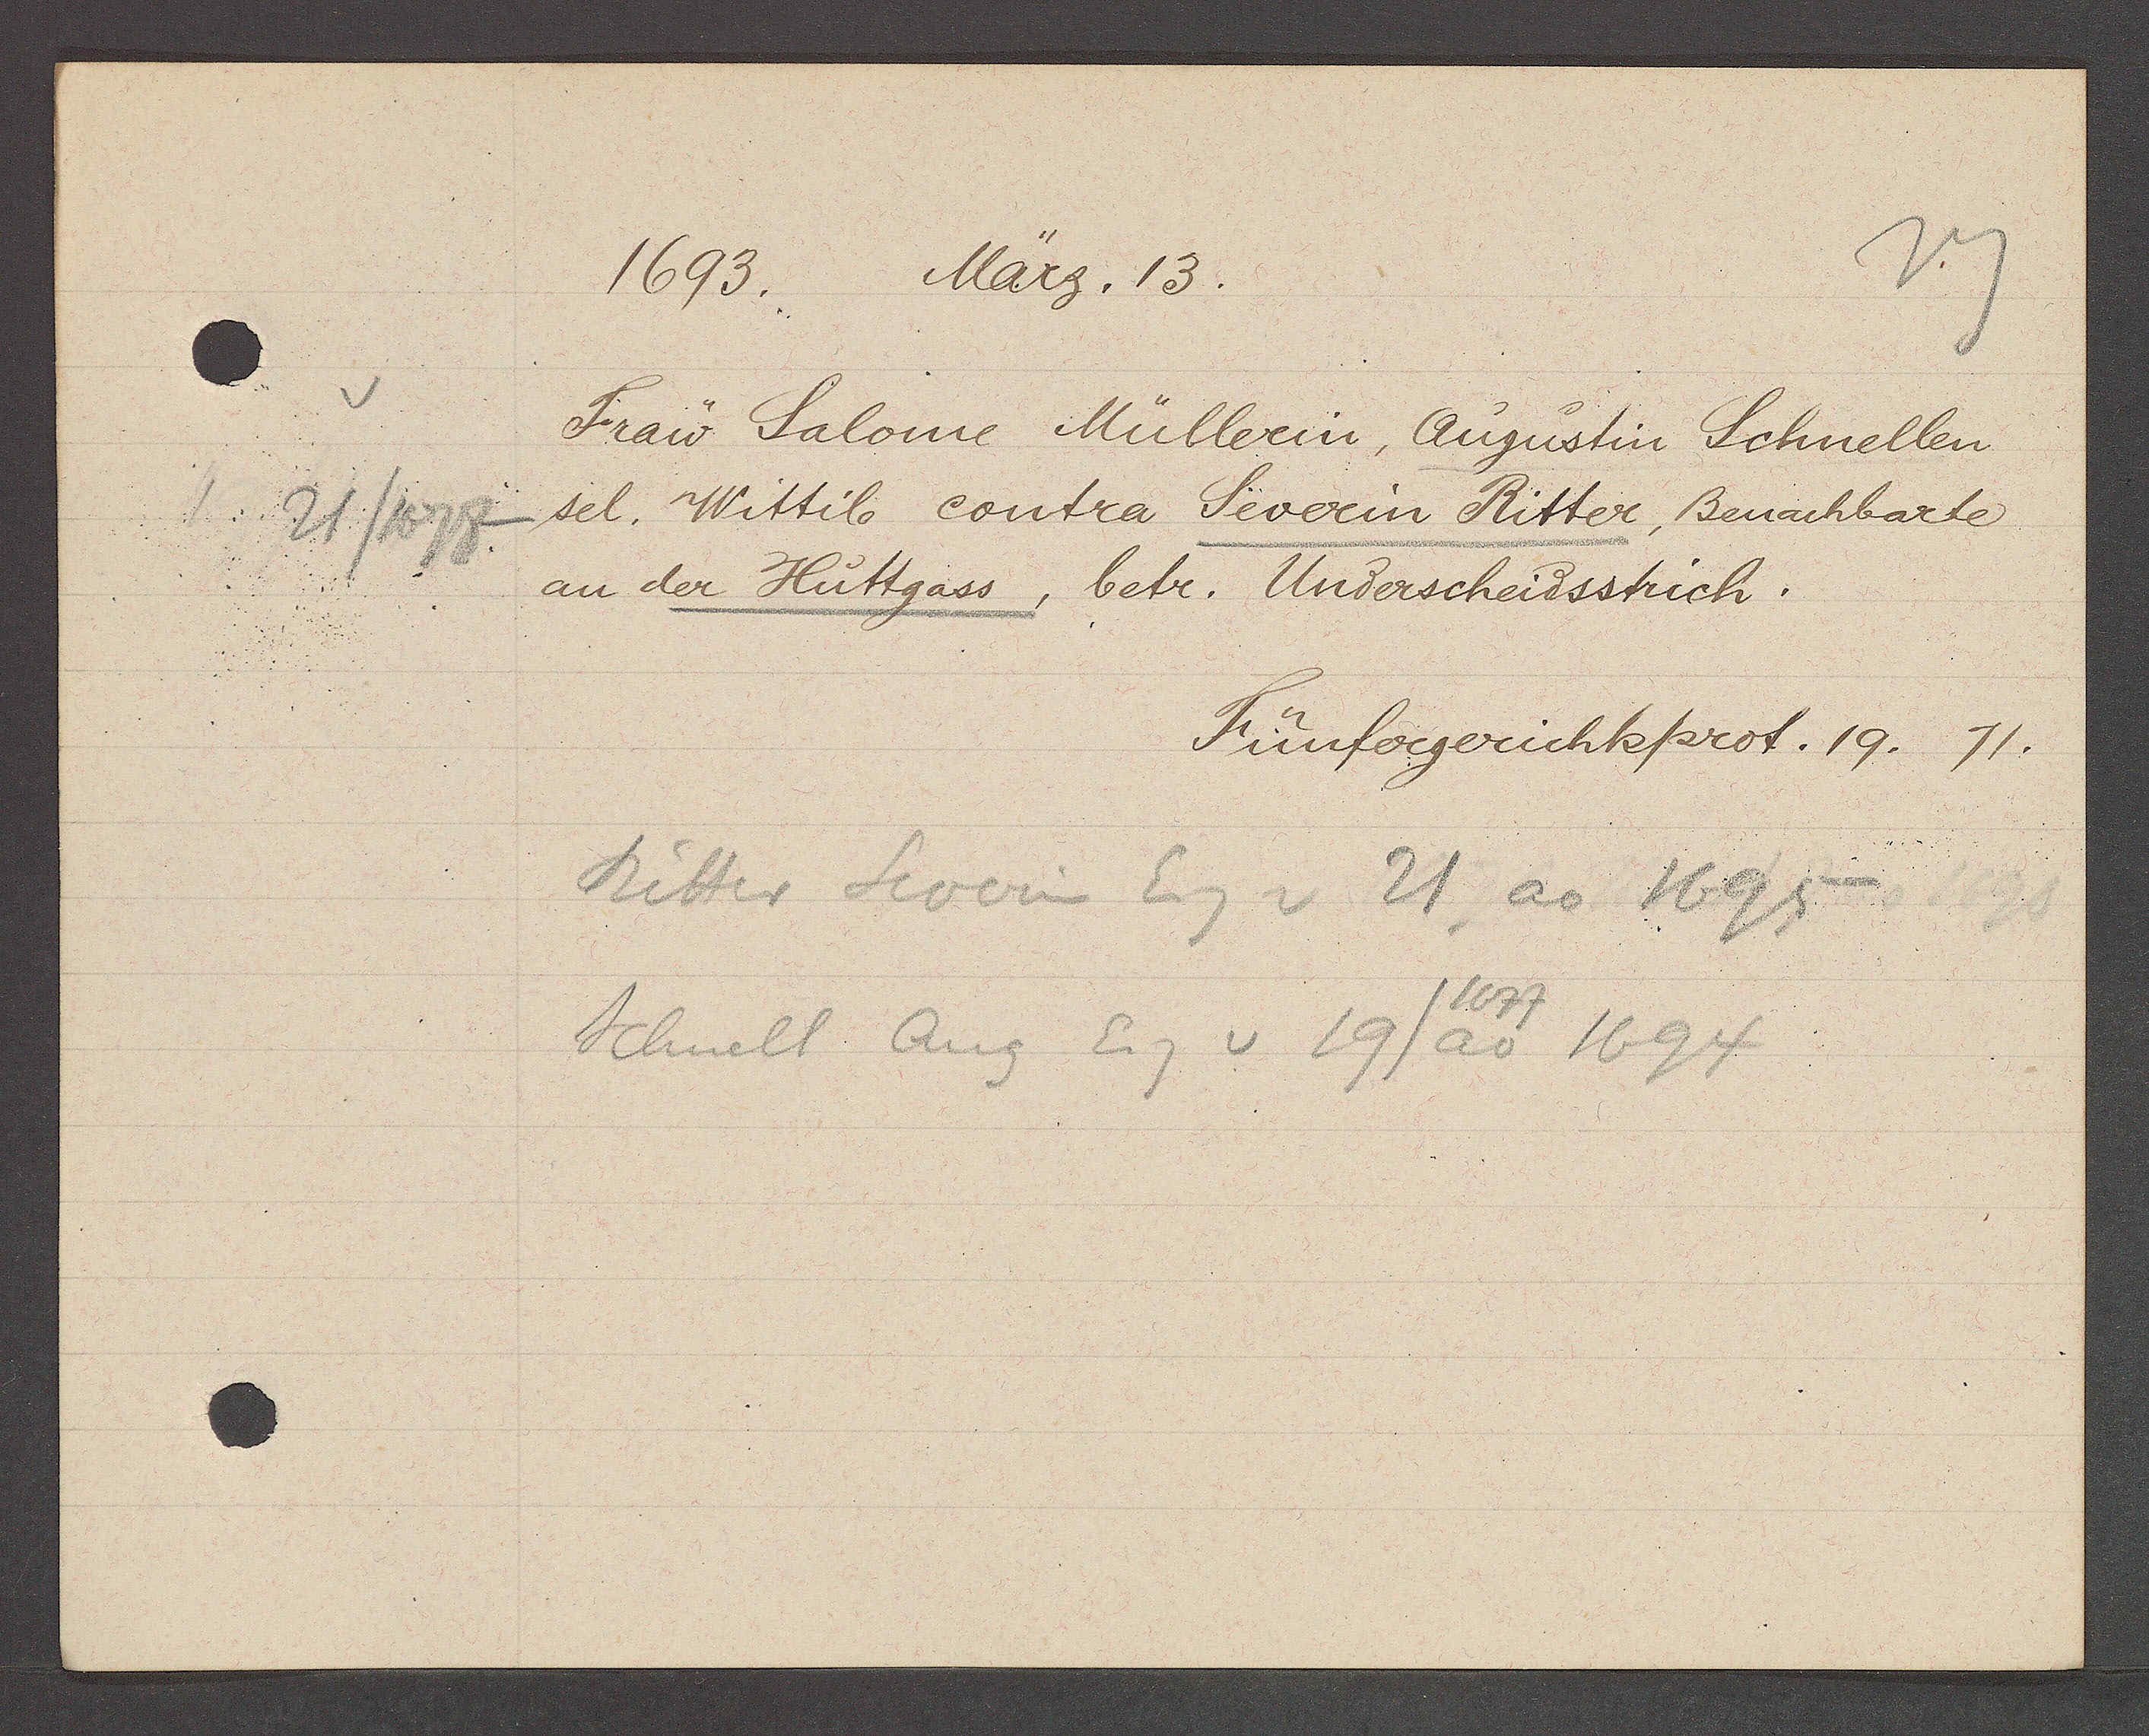
Transcript:
21/1678

1693.
März. 13.

Fraw Salome Müllerin, Augustin Schnellen
sel. Wittib contra Severin Ritter, Benachbarte
an der Huttgass, betr. Underscheidsstrich.

Fünfergerichkprot. 19. 71.

Ritter Severin Eig v 21 ao 1695
Schnell Aug Eig v 19/ ao 1694
1677